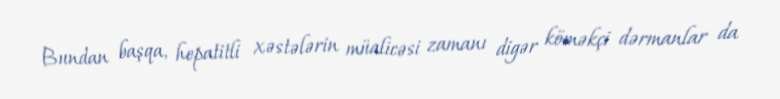
Bundan başqa, hepatitli xəstələrin müalicəsi zamanı digər köməkçi dərmanlar da